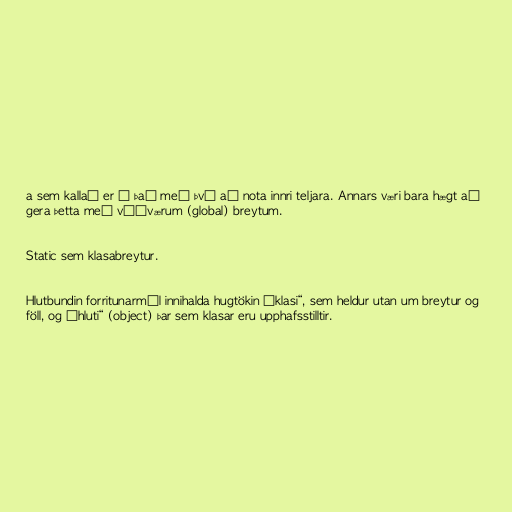
a sem kallað er í það með því að nota innri teljara. Annars væri bara hægt að
gera þetta með víðværum (global) breytum.

Static sem klasabreytur.

Hlutbundin forritunarmál innihalda hugtökin „klasi“, sem heldur utan um breytur og
föll, og „hluti“ (object) þar sem klasar eru upphafsstilltir.